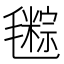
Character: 𣰤